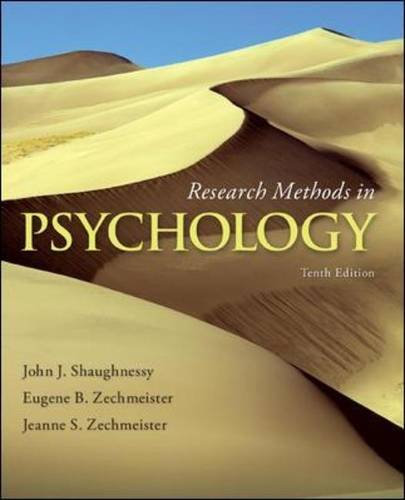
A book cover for Research Methods in Psychology; John Shaughnessy; Medical Books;